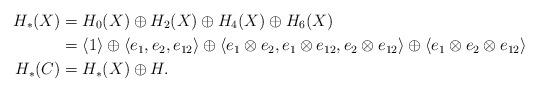
LaTeX: \begin{align*}H_{*}(X) &= H_0(X) \oplus H_2(X) \oplus H_4(X) \oplus H_6(X) \\&= \langle 1\rangle \oplus \langle e_1, e_2, e_{12}\rangle \oplus \langle e_1\otimes e_2, e_1 \otimes e_{12}, e_2 \otimes e_{12}\rangle \oplus \langle e_1 \otimes e_2 \otimes e_{12}\rangle \\H_*(C) &= H_*(X) \oplus H.\end{align*}